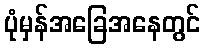
ပုံမှန်အခြေအနေတွင်